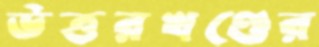
উত্তরখণ্ডের